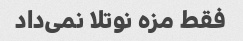
فقط مزه نوتلا نمی‌داد